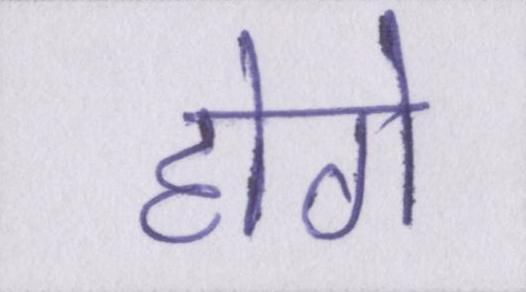
होगे